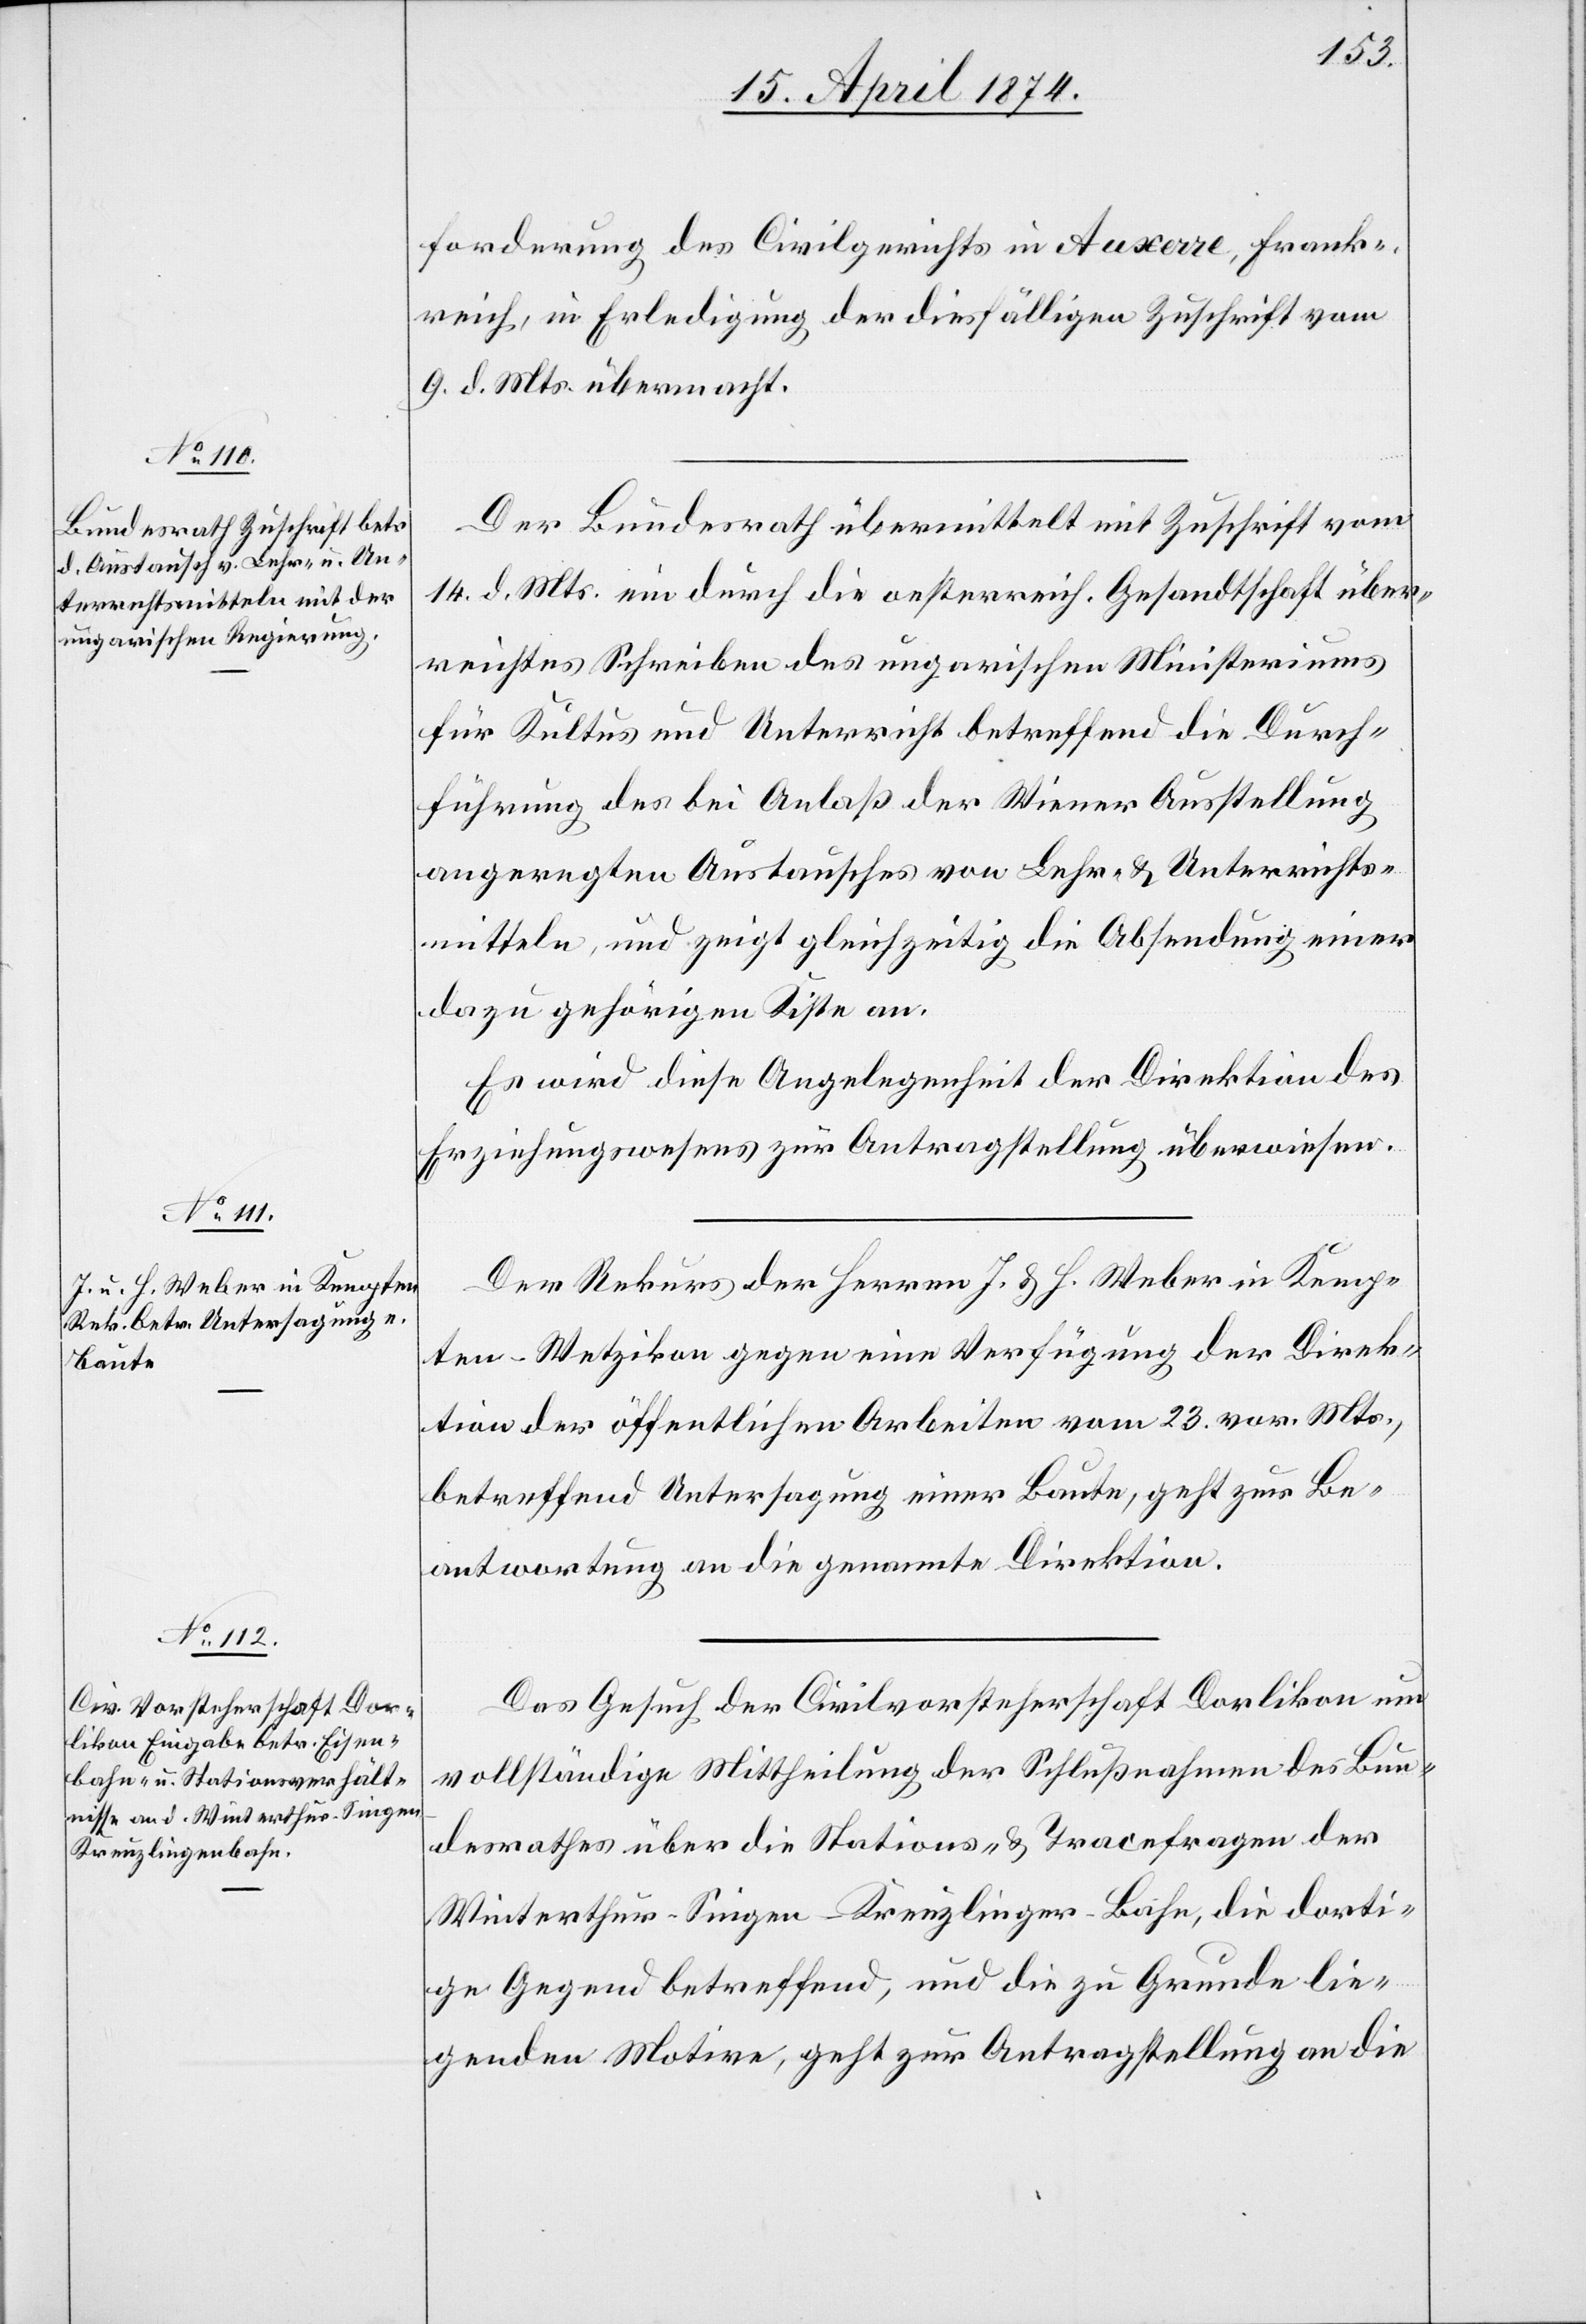
15. April 1874.]
forderung des Civilgerichts in Auxerre, Frank¬
reich, in Erledigung der diesfälligen Zuschrift vom
9. d. Mts. übermacht.
Der Bundesrath übermittelt mit Zuschrift vom
14. d. Mts. ein durch die oesterreich. Gesandtschaft über¬
reichtes Schreiben des ungarischen Ministeriums
für Kultus und Unterricht betreffend die Durch¬
führung des bei Anlaß der Wiener Ausstellung
angeregten Austausches von Lehr- u. Unterrichts¬
mitteln, und zeigt gleichzeitig die Absendung einer
dazu gehörigen Kiste an.
Es wird diese Angelegenheit der Direktion des
Erziehungswesens zur Antragstellung überwiesen.
Der Rekurs der Herren J. u. H. Weber in Krempten
-Wetzikon gegen eine Verfügung der Direk¬
tion der öffentlichen Arbeiten vom 23. vor. Mts.,
betreffend Untersagung einer Baute, geht zur Be¬
antwortung an die genannte Direktion.
Das Gesuch der Civilvorsteherschaft Dorlikon um
vollständige Mittheilung der Schlußnahmen des Bun¬
desrathes über die Stations- u. Tracefragen der
Winterthur-Singen-Kreuzlinger-Bahn, die dorti¬
ge Gegend betreffend, und die zu Grunde lie¬
genden Motive, geht zur Antragstellung an die